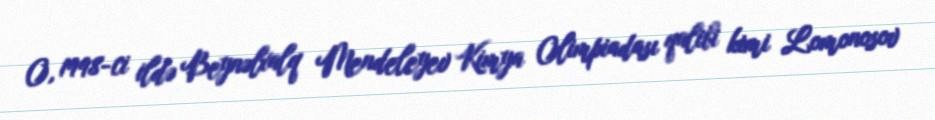
O, 1998-ci ildə Beynəlxalq Mendeleyev Kimya Olimpiadası qalibi kimi Lomonosov